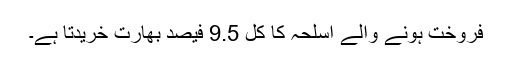
فروخت ہونے والے اسلحہ کا کل 9.5 فیصد بھارت خریدتا ہے۔